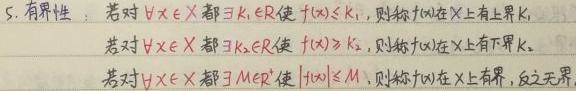
5. 有界性：若对 $\forall x\in X$ 都 $\exists K_1\in\mathbb{R}$ 使 \(f(x)\leq K_1\)，则称 \(f(x)\) 在 \(X\) 上有上界 \(K_1\)；若对 $\forall x\in X$ 都 $\exists K_2\in\mathbb{R}$ 使 \(f(x)\geq K_2\)，则称 \(f(x)\) 在 \(X\) 上有下界 \(K_2\)；若对 $\forall x\in X$ 都 $\exists M\in\mathbb{R}^+$ 使 \(|f(x)|\leq M\)，则称 \(f(x)\) 在 \(X\) 上有界，反之无界。